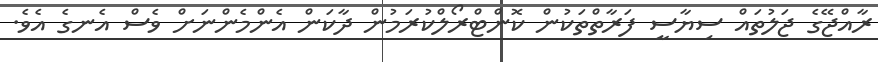
ރާއްޖޭގެ ޖަލުތައް ސިޔާސީ ފަރާތްތަކުން ކޮންޓްރޯލްކުރަމުން ދާކަން އެންމެންނަށް ވެސް އެނގެ އެވެ.